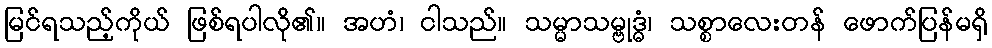
မြင်ရသည့်ကိုယ် ဖြစ်ရပါလို၏။ အဟံ၊ ငါသည်။ သမ္မာသမ္ဗုဒ္ဓံ၊ သစ္စာလေးတန် ဖောက်ပြန်မရှိ